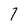
Character: 7